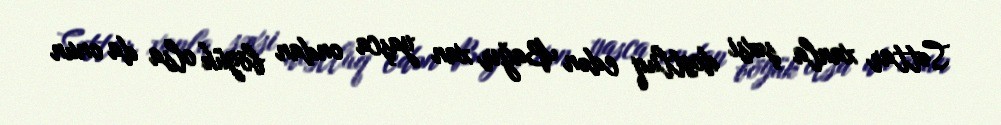
Səttar xanla şəxsi dostluq edən Bağır xan yaşca ondan böyük olsa da onun